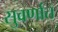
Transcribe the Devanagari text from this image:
सुवर्णात